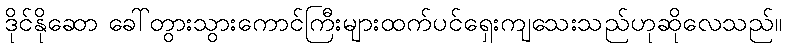
ဒိုင်နိုဆော ခေါ်တွားသွားကောင်ကြီးများထက်ပင်ရှေးကျသေးသည်ဟုဆိုလေသည်။